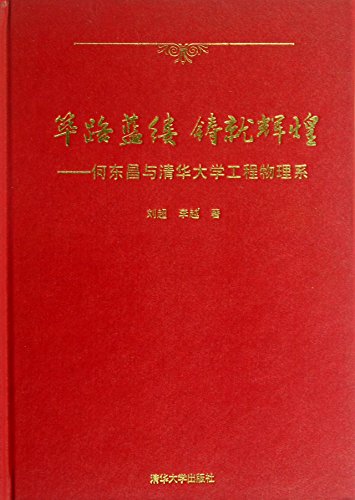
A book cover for Bilulanlv Brilliantness : He Dongchang with the Department of Engineering Physics(Chinese Edition); LIU CHAO . LI YUE; Science & Math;